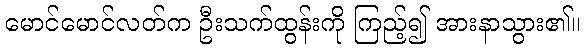
မောင်မောင်လတ်က ဦးသက်ထွန်းကို ကြည့်၍ အားနာသွား၏။